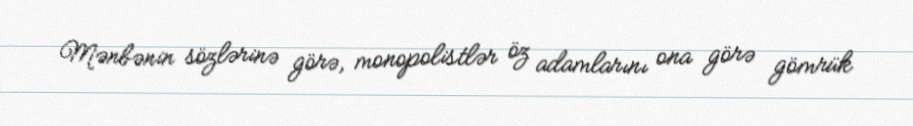
Mənbənin sözlərinə görə, monopolistlər öz adamlarını ona görə gömrük